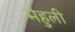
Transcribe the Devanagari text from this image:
मेहुली